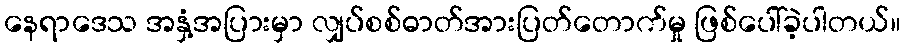
နေရာဒေသ အနှံ့အပြားမှာ လျှပ်စစ်ဓာတ်အားပြတ်တောက်မှု ဖြစ်ပေါ်ခဲ့ပါတယ်။